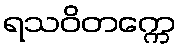
ရသဝိတက္ကေ